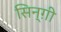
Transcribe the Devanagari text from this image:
सिन्ग़ी